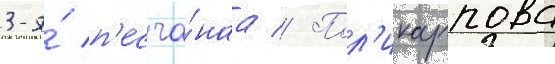
3-я́ п'есча́наа // Пол'икарпова